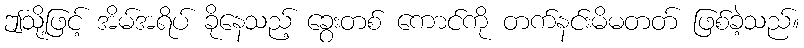
ဤသို့ဖြင့် အိမ်အရိပ် ခိုနေသည့် ခွေးတစ် ကောင်ကို တက်နင်းမိမတတ် ဖြစ်ခဲ့သည်။